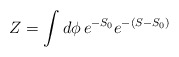
\begin{align*}Z = \int d\phi \, e^{-S_0} e^{-(S - S_0)}\end{align*}